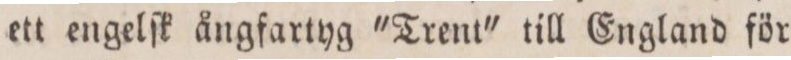
ett engelſk ångfartyg 'Trent' till England för